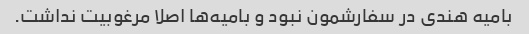
بامیه هندی در سفارشمون نبود و بامیه‌ها اصلا مرغوبیت نداشت.